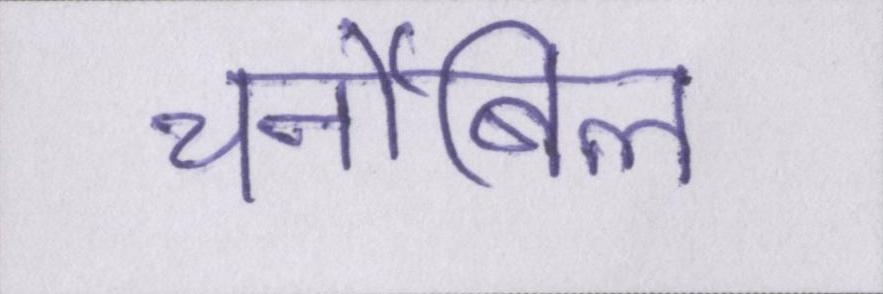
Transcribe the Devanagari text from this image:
चर्नोबिल